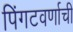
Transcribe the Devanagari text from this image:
पिंगटवर्णाची